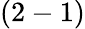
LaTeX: (2-1)